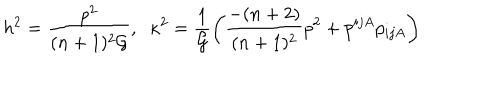
h ^ { 2 } = \frac { p ^ { 2 } } { ( n + 1 ) ^ { 2 } { \cal G } } , \; \; \kappa ^ { 2 } = \frac { 1 } { { \cal G } } \left( \frac { - ( n + 2 ) } { ( n + 1 ) ^ { 2 } } p ^ { 2 } + p ^ { i j A } p _ { i j A } \right)